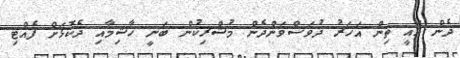
ދެން އައީ ތިން އަހަރު ދުވަސްވަންދެން މުޝްރިކުން ބަނީ ހާޝިމާއި ދެކޮޅަށް ފެއްޓި